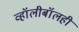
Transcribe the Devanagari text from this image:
व्हॉलीबॉलही